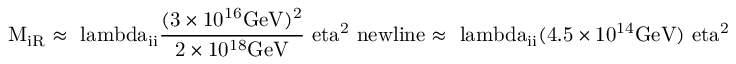
\mathrm { M _ { i R } \approx \ l a m b d a _ { i i } \frac { ( 3 \times 1 0 ^ { 1 6 } G e V ) ^ { 2 } } { 2 \times 1 0 ^ { 1 8 } G e V } \ e t a ^ { 2 } \ n e w l i n e \approx \ l a m b d a _ { i i } ( 4 . 5 \times 1 0 ^ { 1 4 } G e V ) \ e t a ^ { 2 } }